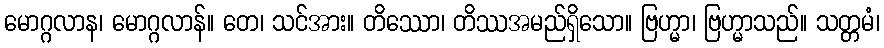
မောဂ္ဂလာန၊ မောဂ္ဂလာန်။ တေ၊ သင်အား။ တိဿော၊ တိဿအမည်ရှိသော။ ဗြဟ္မာ၊ ဗြဟ္မာသည်။ သတ္တမံ၊